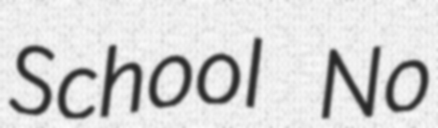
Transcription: School No